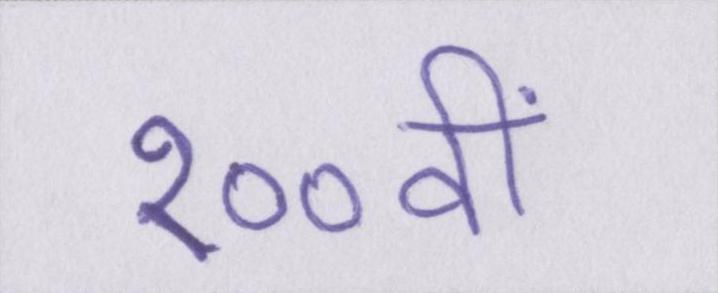
१००वीं